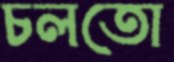
চলতো